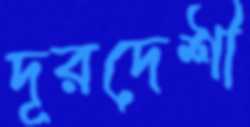
দূরদেশী